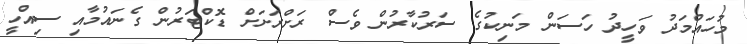
މުހައްމަދު ވަހީދު ހަސަން މަނިކުގެ ސަރުކާރުން ވެސް ރަށްރަށަށް ޑޮކްޓަރުން ގެނައުމާއި ސިއްހީ